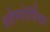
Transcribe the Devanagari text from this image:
श्लेष्मोर्णिका